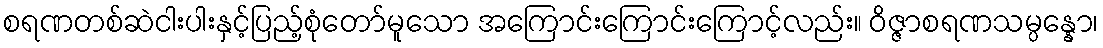
စရဏတစ်ဆဲငါးပါးနှင့်ပြည့်စုံတော်မူသော အကြောင်းကြောင်းကြောင့်လည်း။ ဝိဇ္ဇာစရဏသမ္ပန္နော၊